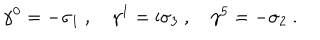
\gamma ^ { 0 } = - \sigma _ { 1 } \ , \quad \gamma ^ { 1 } = \mathrm { i } \sigma _ { 3 } \ , \quad \gamma ^ { 5 } = - \sigma _ { 2 } \ .